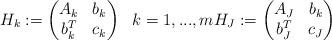
LaTeX: \begin{align*}H_k:=\begin{pmatrix}A_k&b_k\\b_k^T&c_k\end{pmatrix}\ \ k=1,...,mH_J:=\begin{pmatrix}A_J&b_k\\b_J^T&c_J\end{pmatrix}\end{align*}